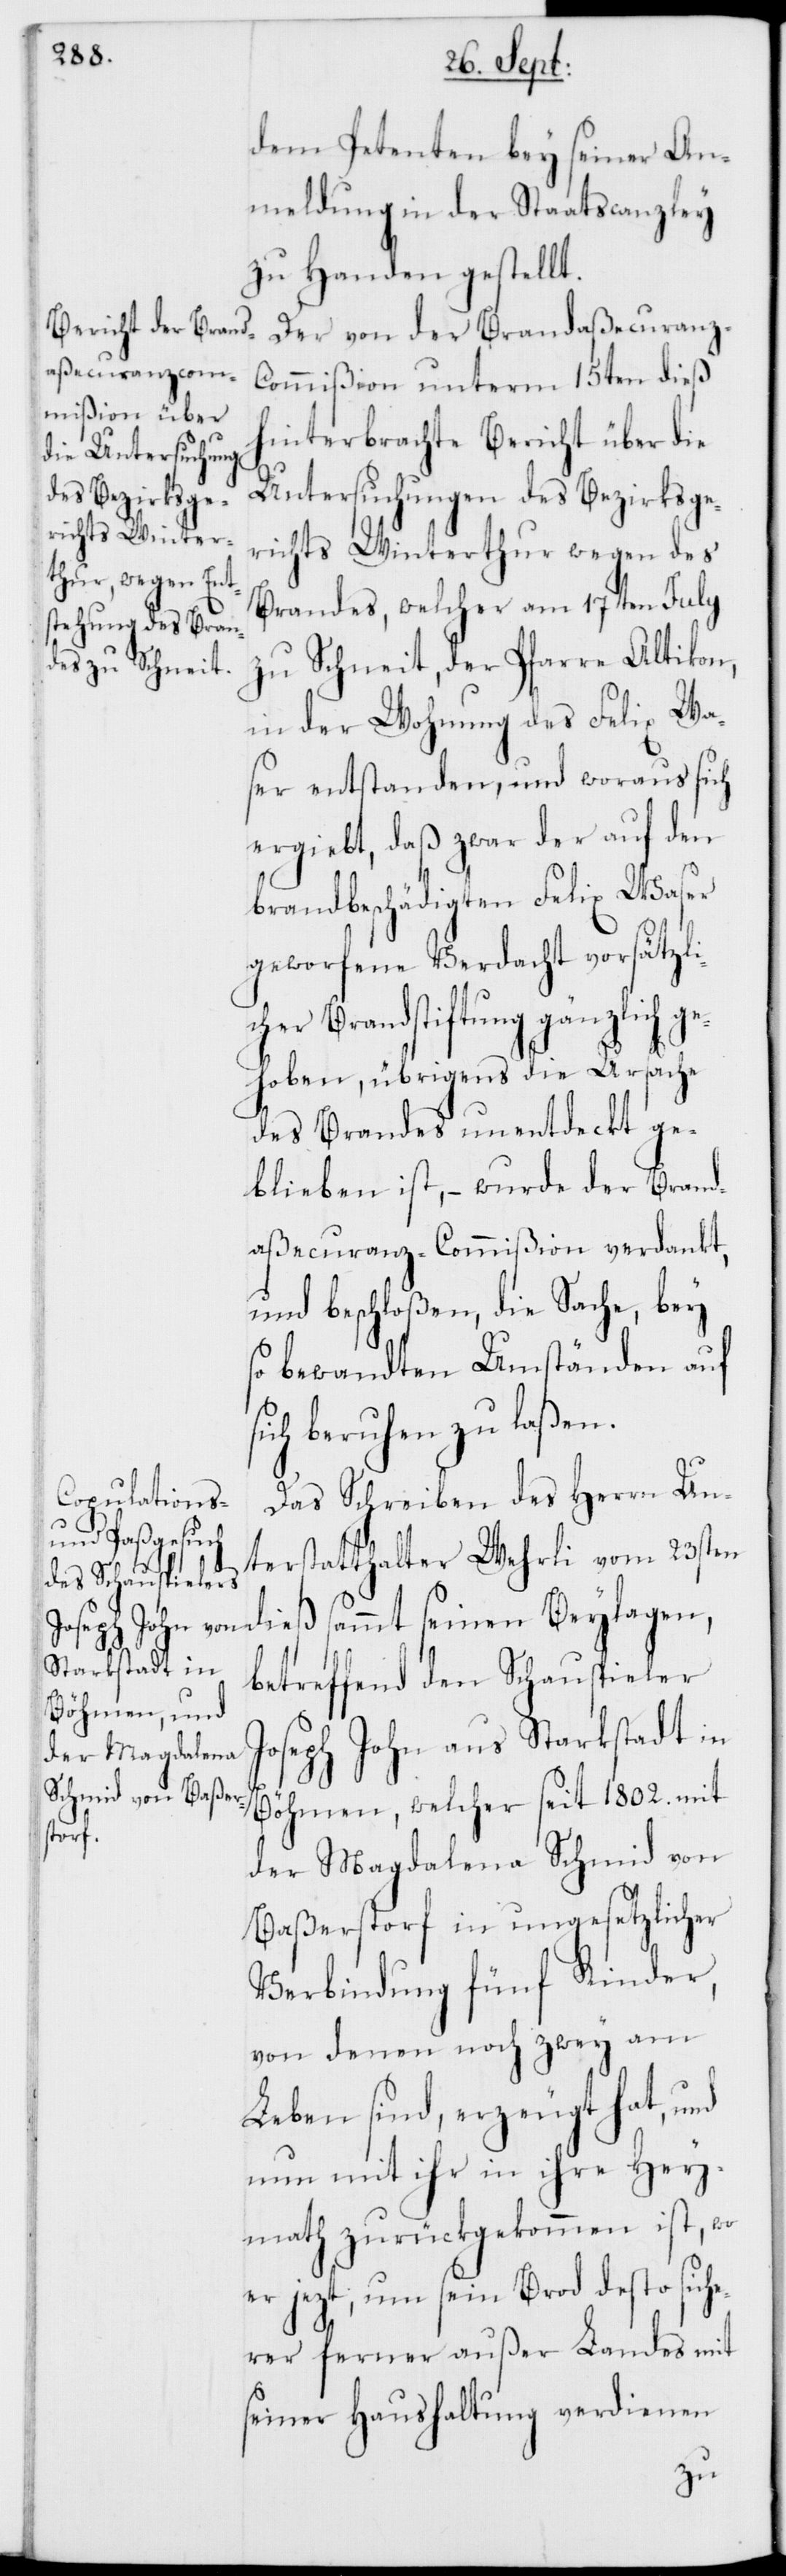
dem Petenten bey seiner An¬
meldung in der Staatscanzley
zu Handen gestellt.
Der von der Brandaßecuranz-C¬
ommißion unterm 15ten dieß
hinterbrachte Bericht über die
Untersuchungen des Bezirksge¬
richts Winterthur wegen des
Brandes, welcher am 17ten July
zu Schneit, der Pfarre Altikon,
in der Wohnung des Felix Wa¬
ser entstanden, und woraus sich
ergiebt, daß zwar der auf den
brandbeschädigten Felix Waser
geworfene Verdacht vorsätzli¬
cher Brandstiftung gänzlich ge¬
hoben, übrigens die Ursache
des Brandes unentdeckt ge¬
blieben ist, – wurde der Brand¬
aßecuranz-Commißion verdankt,
und beschloßen, die Sache bey
so bewandten Umständen auf
sich beruhen zu laßen.
Das Schreiben des Herrn Un¬
mt seinen
terstatthalter Wehrli vom 23sten
betreffend den Schauspieler
Joseph John aus Starkstadt in
Böhmen, welcher seit 1802. mit
der Magdalena Schmid von
Baßersdorf in ungesetzlicher
Verbindung fünf Kinder,
von denen noch zwey am
Leben sind, erzeugt hat, und
nun mit ihr in ihre Hey¬
math zurückgekommen ist, wo
er jezt, um sein Brod desto siche¬
rer ferner außer Landes mit
seiner Haushaltung verdienen